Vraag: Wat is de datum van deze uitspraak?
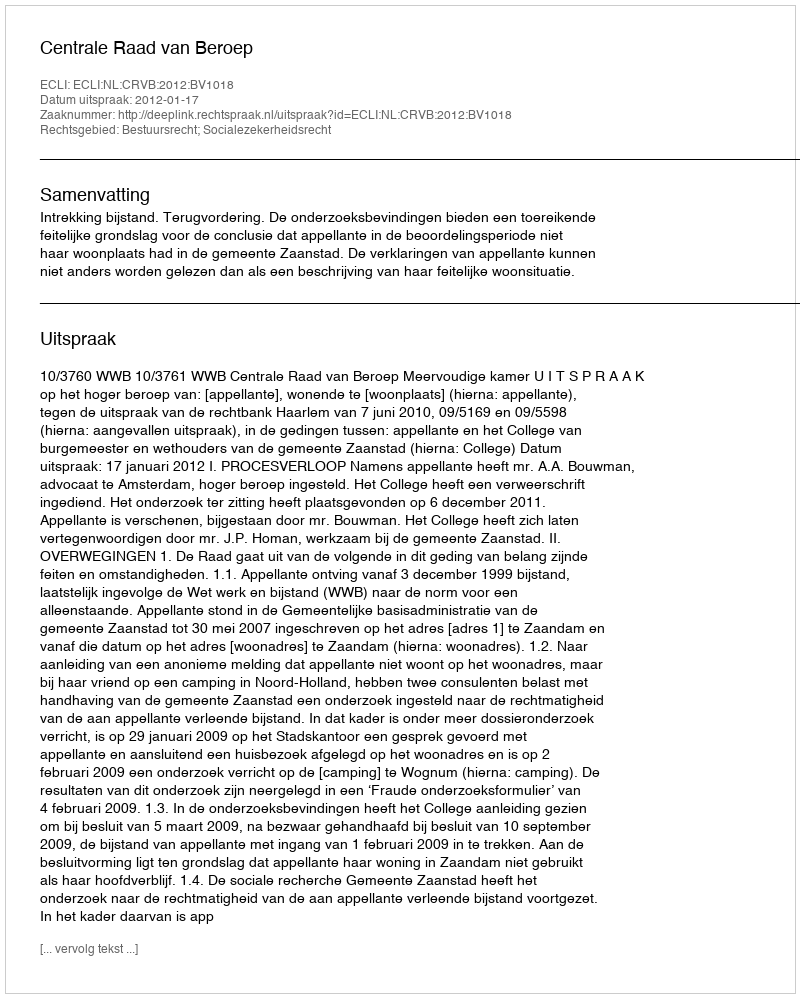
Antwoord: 2012-01-17